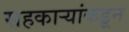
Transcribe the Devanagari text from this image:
सहकाऱ्यांकडून